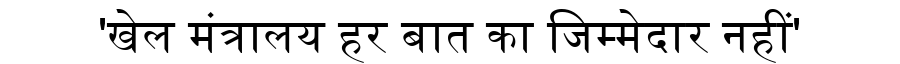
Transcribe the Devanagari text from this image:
'खेल मंत्रालय हर बात का जिम्मेदार नहीं'